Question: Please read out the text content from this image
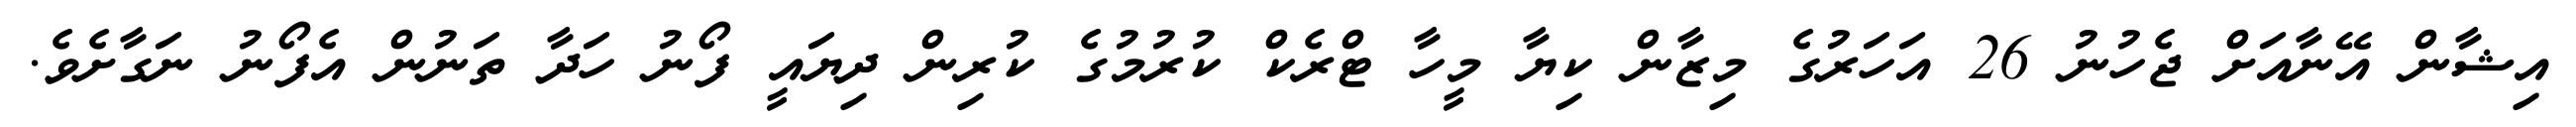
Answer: އިޝާން އޭނާއަށް ޖެހުނު 26 އަހަރުގެ މިޒާން ކިޔާ މީހާ ޓްރެކް ކުރުމުގެ ކުރިން ދިޔައީ ފޯނު ހަދާ ތަނުން އެފޯނު ނަގާށެވެ.